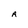
Character: A